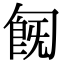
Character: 𠣹